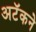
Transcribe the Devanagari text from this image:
अटॅकने